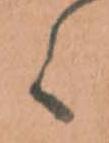
候